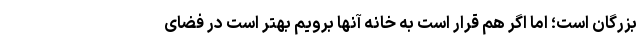
بزرگان است؛ اما اگر هم قرار است به خانه آنها برویم بهتر است در فضای